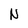
Character: N